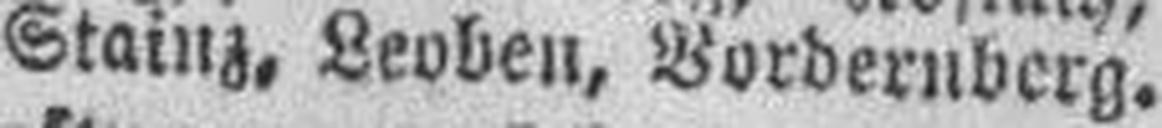
Stainz, Leoben, Vordernberg.